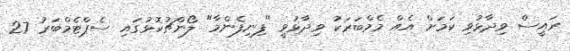
ރައީސް ވިދާޅުވި ކަމަށް އެއް މެމްބަރަކު ވިދާޅުވީ "ފިނިފެންމާ" ލޯންޗުކޮޅުގައި ސެޕްޓެމްބަރު 27